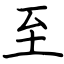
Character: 至